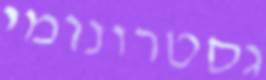
גסטרונומי